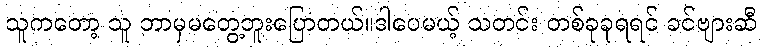
သူကတော့ သူ ဘာမှမတွေ့ဘူးပြောတယ်။ဒါပေမယ့် သတင်း တစ်ခုခုရရင် ခင်ဗျားဆီ